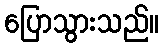
ပြောသွားသည်။